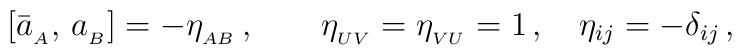
[\bar{a}_{_A},\,a_{_B}]=-\eta_{_{AB}}\,,\qquad\eta_{_{UV}}=\eta_{_{VU}}=1\,,\quad\eta_{ij}=-\delta_{ij}\,,